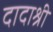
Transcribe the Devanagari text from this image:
दादाश्री